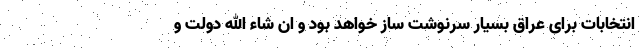
انتخابات برای عراق بسیار سرنوشت ساز خواهد بود و ان شاء الله دولت و